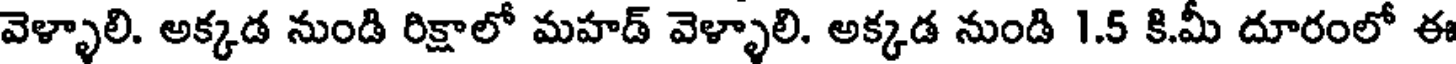
వెళ్ళాలి. అక్కడ నుండి రిక్షాలో మహడ్ వెళ్ళాలి. అక్కడ నుండి 1.5 కి.మీ దూరంలో ఈ